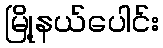
မြို့နယ်ပေါင်း